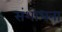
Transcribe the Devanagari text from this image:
संशोधना